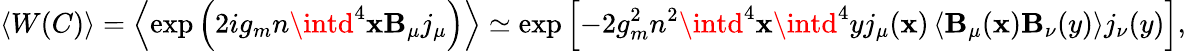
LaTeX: \left<W(C)\right>=\left<\exp\left(2ig_{m}n\intd^{4}\mathbf{x}\mathbf{B}_{\mu}j_{\mu}\right)\right>\simeq\exp\left[-2g_{m}^{2}n^{2}\intd^{4}\mathbf{x}\intd^{4}yj_{\mu}(\mathbf{x})\left<\mathbf{B}_{\mu}(\mathbf{x})\mathbf{B}_{\nu}(y)\right>j_{\nu}(y)\right],